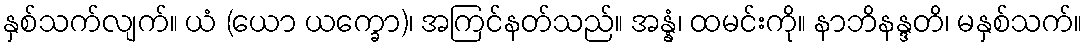
နှစ်သက်လျက်။ ယံ (ယော ယက္ခော)၊ အကြင်နတ်သည်။ အန္နံ၊ ထမင်းကို။ နာဘိနန္ဒတိ၊ မနှစ်သက်။